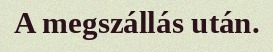
A megszállás után.